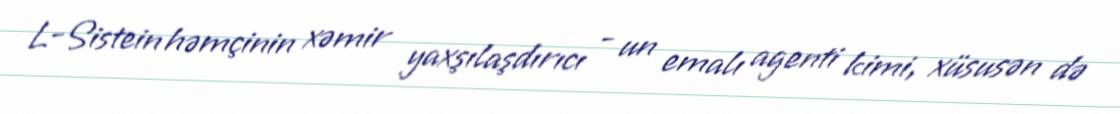
L-Sistein həmçinin xəmir yaxşılaşdırıcı - un emalı agenti kimi, xüsusən də